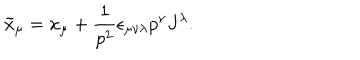
\tilde { x } _ { \mu } = x _ { \mu } + \frac { 1 } { p ^ { 2 } } \epsilon _ { \mu \nu \lambda } p ^ { \nu } J ^ { \lambda } .